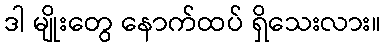
ဒါ မျိုးတွေ နောက်ထပ် ရှိသေးလား။